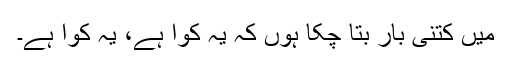
میں کتنی بار بتا چکا ہوں کہ یہ کوّا ہے، یہ کوّا ہے۔